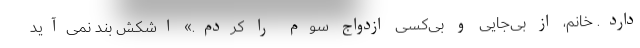
دارد. خانم، از بی‌جایی و بی‌کسی ازدواج سوم را کردم.» اشکش بند نمی‌آید